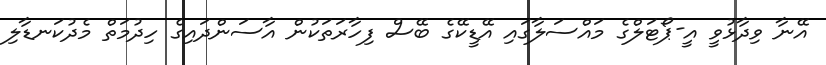
އޭނާ ވިދާޅުވީ އީ-ޕޯޓަލްގެ މައްސަލާގައި އޭޑީކޭގެ ބޭސް ފިހާރަތަކުން އާސަންދައިގެ ހިދުމަތް މެދުކަނޑާލި